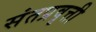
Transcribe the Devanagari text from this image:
संतप्रवृत्ती